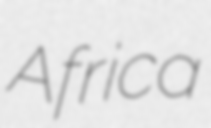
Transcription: Africa